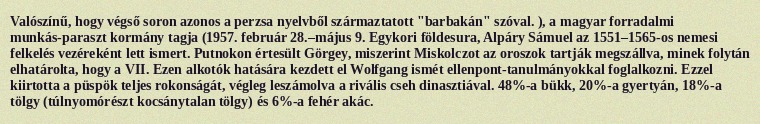
Valószínű, hogy végső soron azonos a perzsa nyelvből származtatott "barbakán" szóval. ), a magyar forradalmi munkás-paraszt kormány tagja (1957. február 28.–május 9. Egykori földesura, Alpáry Sámuel az 1551–1565-os nemesi felkelés vezéreként lett ismert. Putnokon értesült Görgey, miszerint Miskolczot az oroszok tartják megszállva, minek folytán elhatárolta, hogy a VII. Ezen alkotók hatására kezdett el Wolfgang ismét ellenpont-tanulmányokkal foglalkozni. Ezzel kiirtotta a püspök teljes rokonságát, végleg leszámolva a rivális cseh dinasztiával. 48%-a bükk, 20%-a gyertyán, 18%-a tölgy (túlnyomórészt kocsánytalan tölgy) és 6%-a fehér akác.